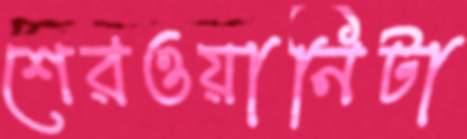
শেরওয়ানিটা